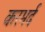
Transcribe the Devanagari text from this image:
करमर्द